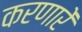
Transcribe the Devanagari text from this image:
करणारें